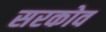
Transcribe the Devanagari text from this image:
सरकोव